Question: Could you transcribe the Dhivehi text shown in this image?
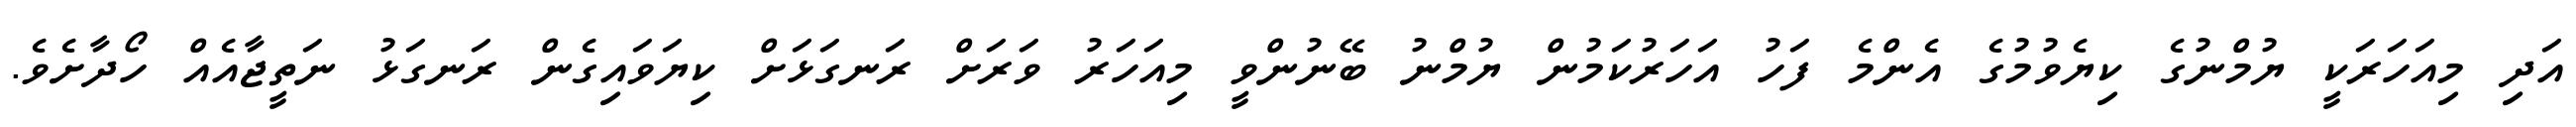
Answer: އަދި މިއަހަރަކީ ޔުމްނުގެ ކިޔެވުމުގެ އެންމެ ފަހު އަހަރުކަމުން ޔުމްނު ބޭނުންވީ މިއަހަރު ވަރަށް ރަނގަޅަށް ކިޔަވައިގެން ރަނގަޅު ނަތީޖާއެއް ހޯދާށެވެ.